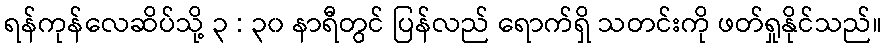
ရန်ကုန်လေဆိပ်သို့ ၃ : ၃၀ နာရီတွင် ပြန်လည် ရောက်ရှိ သတင်းကို ဖတ်ရှုနိုင်သည်။